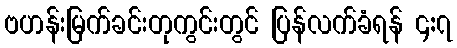
ဗဟန်းမြက်ခင်းတုကွင်းတွင် ပြန်လက်ခံရန် ၄:၇